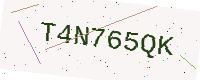
Text: T4N765QK